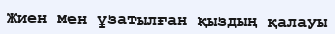
Жиен мен ұзатылған қыздың қалауы